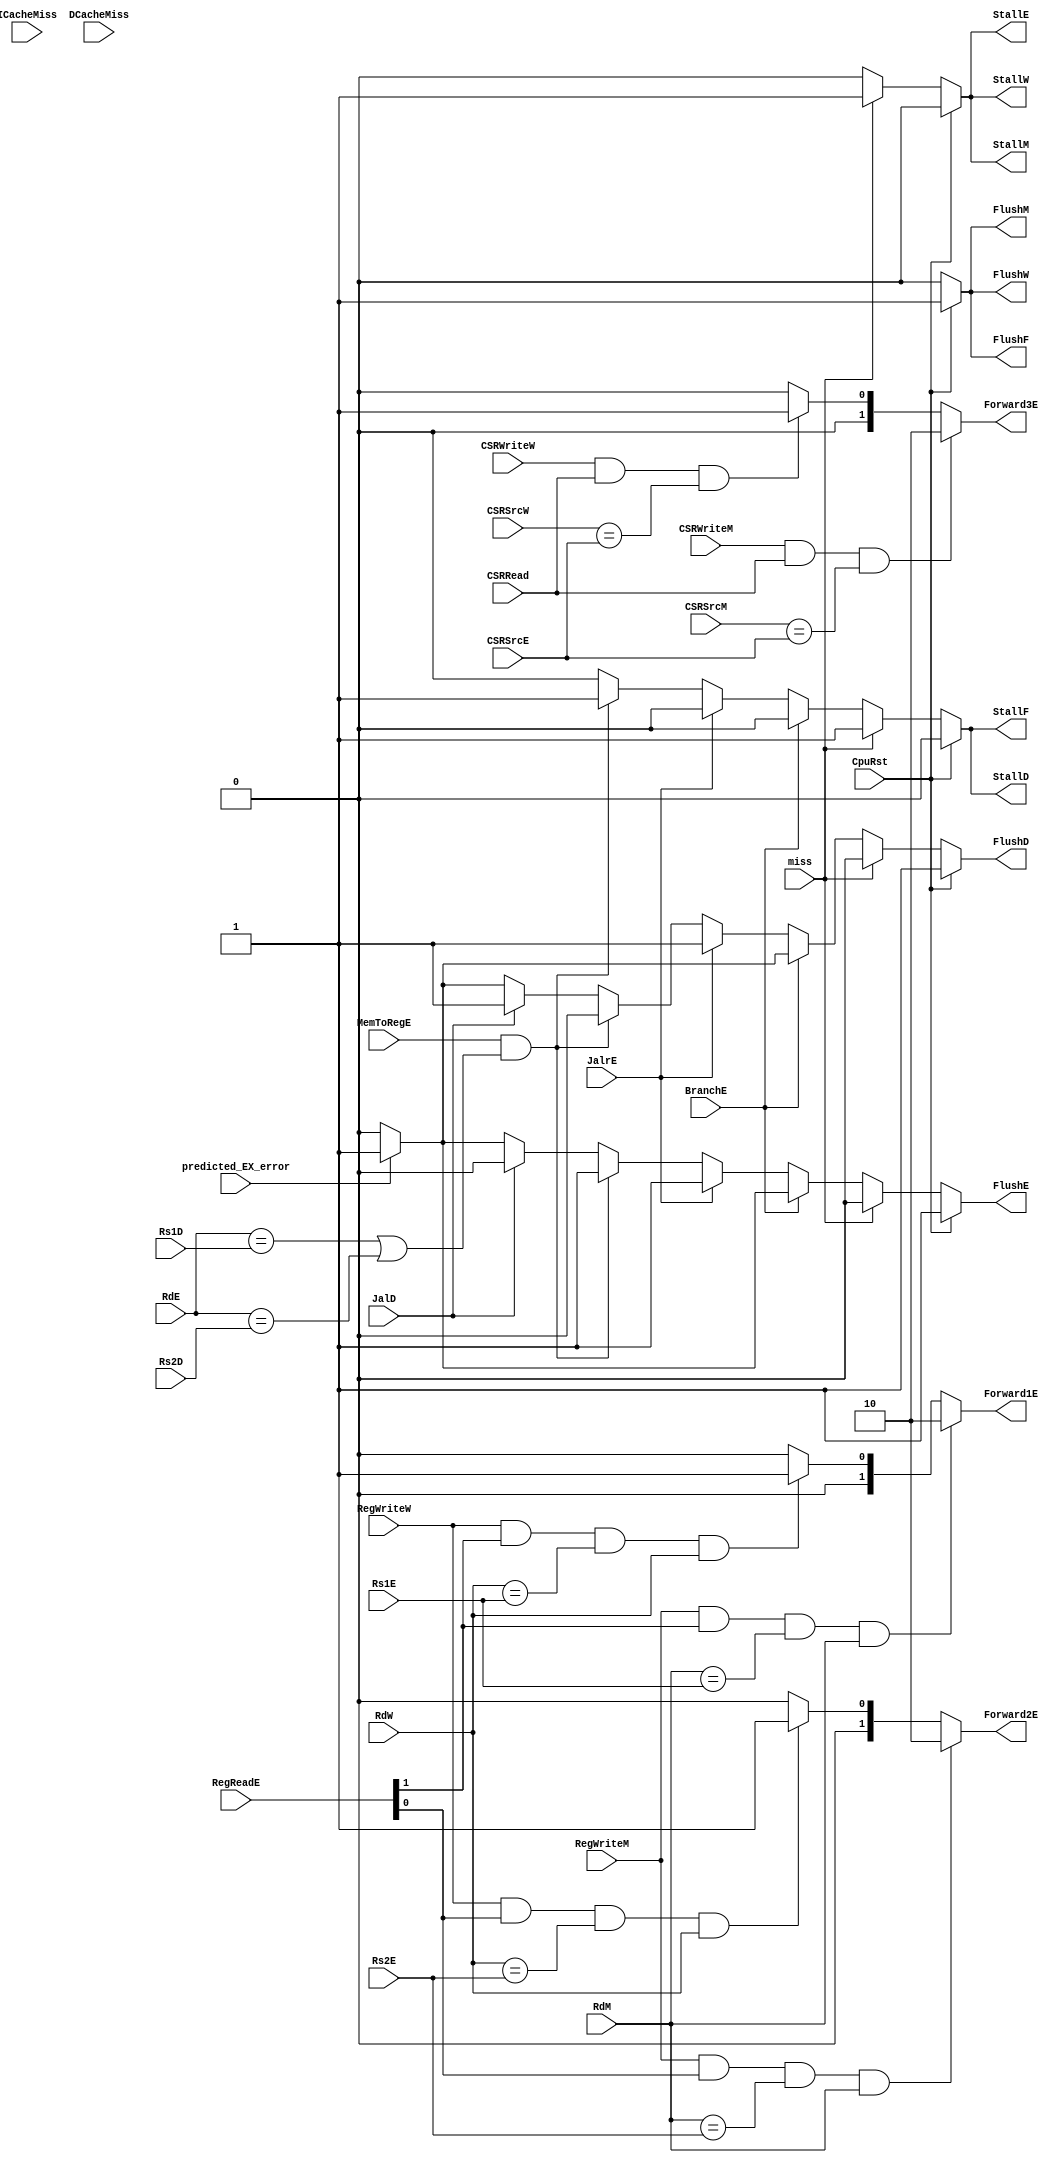
`timescale 1ns / 1ps
// OK
//////////////////////////////////////////////////////////////////////////////////
// Company: USTC ESLAB
//
// Design Name: RISCV-Pipline CPU
// Module Name: HarzardUnit
// Target Devices: Nexys4
// Tool Versions: Vivado 2017.4.1
// Description: Deal with harzards in pipline
//////////////////////////////////////////////////////////////////////////////////
//
    //HarzardUnitforward
    //CPUforwardstallflush
//
    //CpuRst                                    CPUCpuRst==1CPUflushCpu_Rst==0cpu
    //ICacheMiss, DCacheMiss                    cache miss
    //BranchE, JalrE, JalD                      
    //Rs1D, Rs2D, Rs1E, Rs2E, RdE, RdM, RdW     12
    //RegReadE RegReadD[1]==1                   A1RegReadD[0]==1A2forward
    //RegWriteM, RegWriteW                      RegWrite!=3'b0
    //MemToRegE                                 Ex Data Memory
//
    //StallF, FlushF, StallD, FlushD, StallE, FlushE, StallM, FlushM, StallW, FlushW    stallflush
    //Forward1E, Forward2E                                                              forward
//
    //


module HarzardUnit(
    input wire CpuRst, ICacheMiss, DCacheMiss,
    input wire BranchE, JalrE, JalD,
    input wire [4:0] Rs1D, Rs2D, Rs1E, Rs2E, RdE, RdM, RdW,
    input wire [1:0] RegReadE,
    input wire MemToRegE,
    input wire [2:0] RegWriteM, RegWriteW,
    output reg StallF, FlushF, StallD, FlushD, StallE, FlushE, StallM, FlushM, StallW, FlushW,
    output reg [1:0] Forward1E, Forward2E,
    input wire miss,
    //CSR
    input wire CSRRead, CSRWriteM, CSRWriteW,
    input wire [11:0] CSRSrcE, CSRSrcM, CSRSrcW,
    output reg [1:0] Forward3E,
    input wire predicted_EX_error
    );

    // 
    always @(*) begin
        if (RegWriteM && RegReadE[1] && RdM==Rs1E && RdM)
            Forward1E <= 2'b10;
        else if (RegWriteW && RegReadE[1] && RdW==Rs1E && RdW)
            Forward1E <= 2'b01;
        else
            Forward1E <= 2'b00;
    end

    always @(*) begin
        if (RegWriteM && RegReadE[0] && RdM==Rs2E && RdM)
            Forward2E <= 2'b10;
        else if (RegWriteW && RegReadE[0] && RdW==Rs2E && RdW)
            Forward2E <= 2'b01;
        else
            Forward2E <= 2'b00;
    end

    //CSR
    always @(*) begin
        if (CSRWriteM && CSRRead && CSRSrcM==CSRSrcE)
            Forward3E <= 2'b10;
        else if (CSRWriteW && CSRRead && CSRSrcW==CSRSrcE)
            Forward3E <= 2'b01;
        else
            Forward3E <= 2'b00;
    end

    always @(*) begin
        {StallF, FlushF, StallD, FlushD, StallE, FlushE, StallM, FlushM, StallW, FlushW} <= 0;
        if (CpuRst)
            {FlushF, FlushD, FlushE, FlushM, FlushW} <= 5'b11111;
        else if (miss)
            {StallF, StallD, StallE, StallM, StallW} <= 5'b11111;
        else if (BranchE) begin
            if (predicted_EX_error)
                {FlushD, FlushE} <= 2'b11;
            else
                {FlushD, FlushE} <= 2'b00;
        end
        else if (JalrE)
            {FlushD, FlushE} <= 2'b11;
        else if (MemToRegE & ((RdE==Rs1D)||(RdE==Rs2D)))
            {StallF, StallD, FlushE} <= 3'b111;
        else if (JalD)
            FlushD <= 1;
        else if (predicted_EX_error)
            {FlushD, FlushE} <= 2'b11;
    end
    // 

endmodule